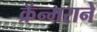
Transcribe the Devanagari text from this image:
क्रॅन्मराने